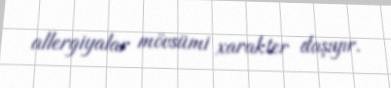
allergiyalar mövsümi xarakter daşıyır.